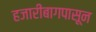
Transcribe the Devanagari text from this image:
हजारीबागपासून